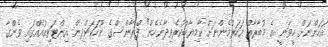
އަހަންނަށް ހީވަނީ އެ މުބާރާތް އަހަރުމެންނަށް ކާމިޔާބުކުރެވިދާނެހެން" ފްރާންސްގެ ނޫހަކަށްދިން އިންޓަވިއުއެއްގައި ވެންގާ